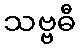
သဗ္ဗဓီ